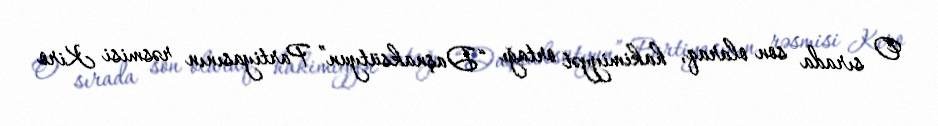
O sırada son olaraq, hakimiyyət ortağı “Daşnaksütyun” Partiyasının rəsmisi Kiro